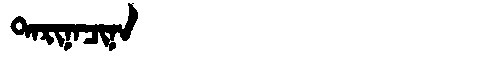
Manchu: ᡨᠠᡵᡳᠨᠠᠴᡳᠨᠠ
Romanization: TARINACINA